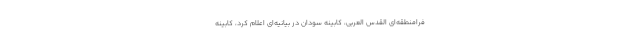
فرامنطقه‌ای القدس العربی، کابینه سودان در بیانیه‌ای اعلام کرد، کابینه